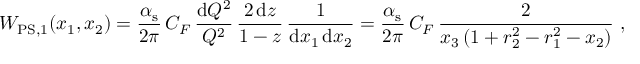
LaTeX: W _ { \mathrm { P S , 1 } } ( x _ { 1 } , x _ { 2 } ) = \frac { \alpha _ { \mathrm { s } } } { 2 \pi } \, C _ { F } \, \frac { { \mathrm { d } } Q ^ { 2 } } { Q ^ { 2 } } \, \frac { 2 \, { \mathrm { d } } z } { 1 - z } \, \frac { 1 } { { \mathrm { d } } x _ { 1 } \, { \mathrm { d } } x _ { 2 } } = \frac { \alpha _ { \mathrm { s } } } { 2 \pi } \, C _ { F } \, \frac { 2 } { x _ { 3 } \, ( 1 + r _ { 2 } ^ { 2 } - r _ { 1 } ^ { 2 } - x _ { 2 } ) } ~ ,